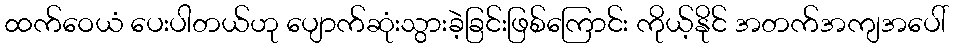
ထက်ဝေယံ ပေးပါတယ်ဟု ပျောက်ဆုံးသွားခဲ့ခြင်းဖြစ်ကြောင်း ကိုယ့်နိုင် အတက်အကျအပေါ်